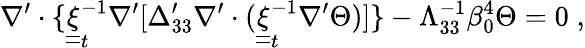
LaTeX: \nabla^{\prime}\cdot\{ \underline{{\underline{{\xi}}}}_{t}^{-1}\nabla^{\prime}[\Delta_{33}^{\prime}\nabla^{\prime}\cdot(\underline{{\underline{{\xi}}}}_{t}^{-1}\nabla^{\prime}\Theta)]\} -\Lambda_{33}^{-1}\beta_{0}^{4}\Theta=0\; ,